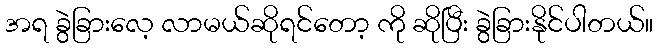
အရ ခွဲခြားလေ့ လာမယ်ဆိုရင်တော့ ကို ဆိုပြီး ခွဲခြားနိုင်ပါတယ်။